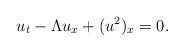
\begin{align*}u_t-\Lambda u_x+(u^2)_x=0.\end{align*}